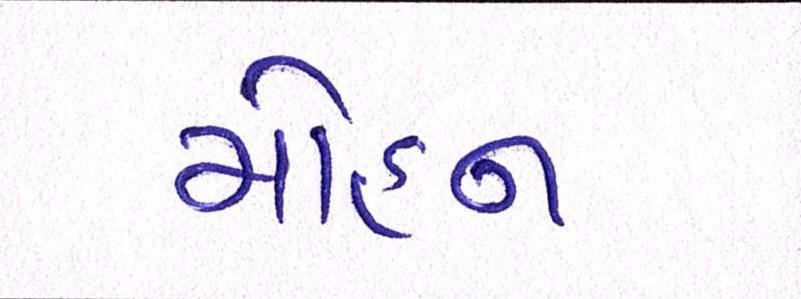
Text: મોહન